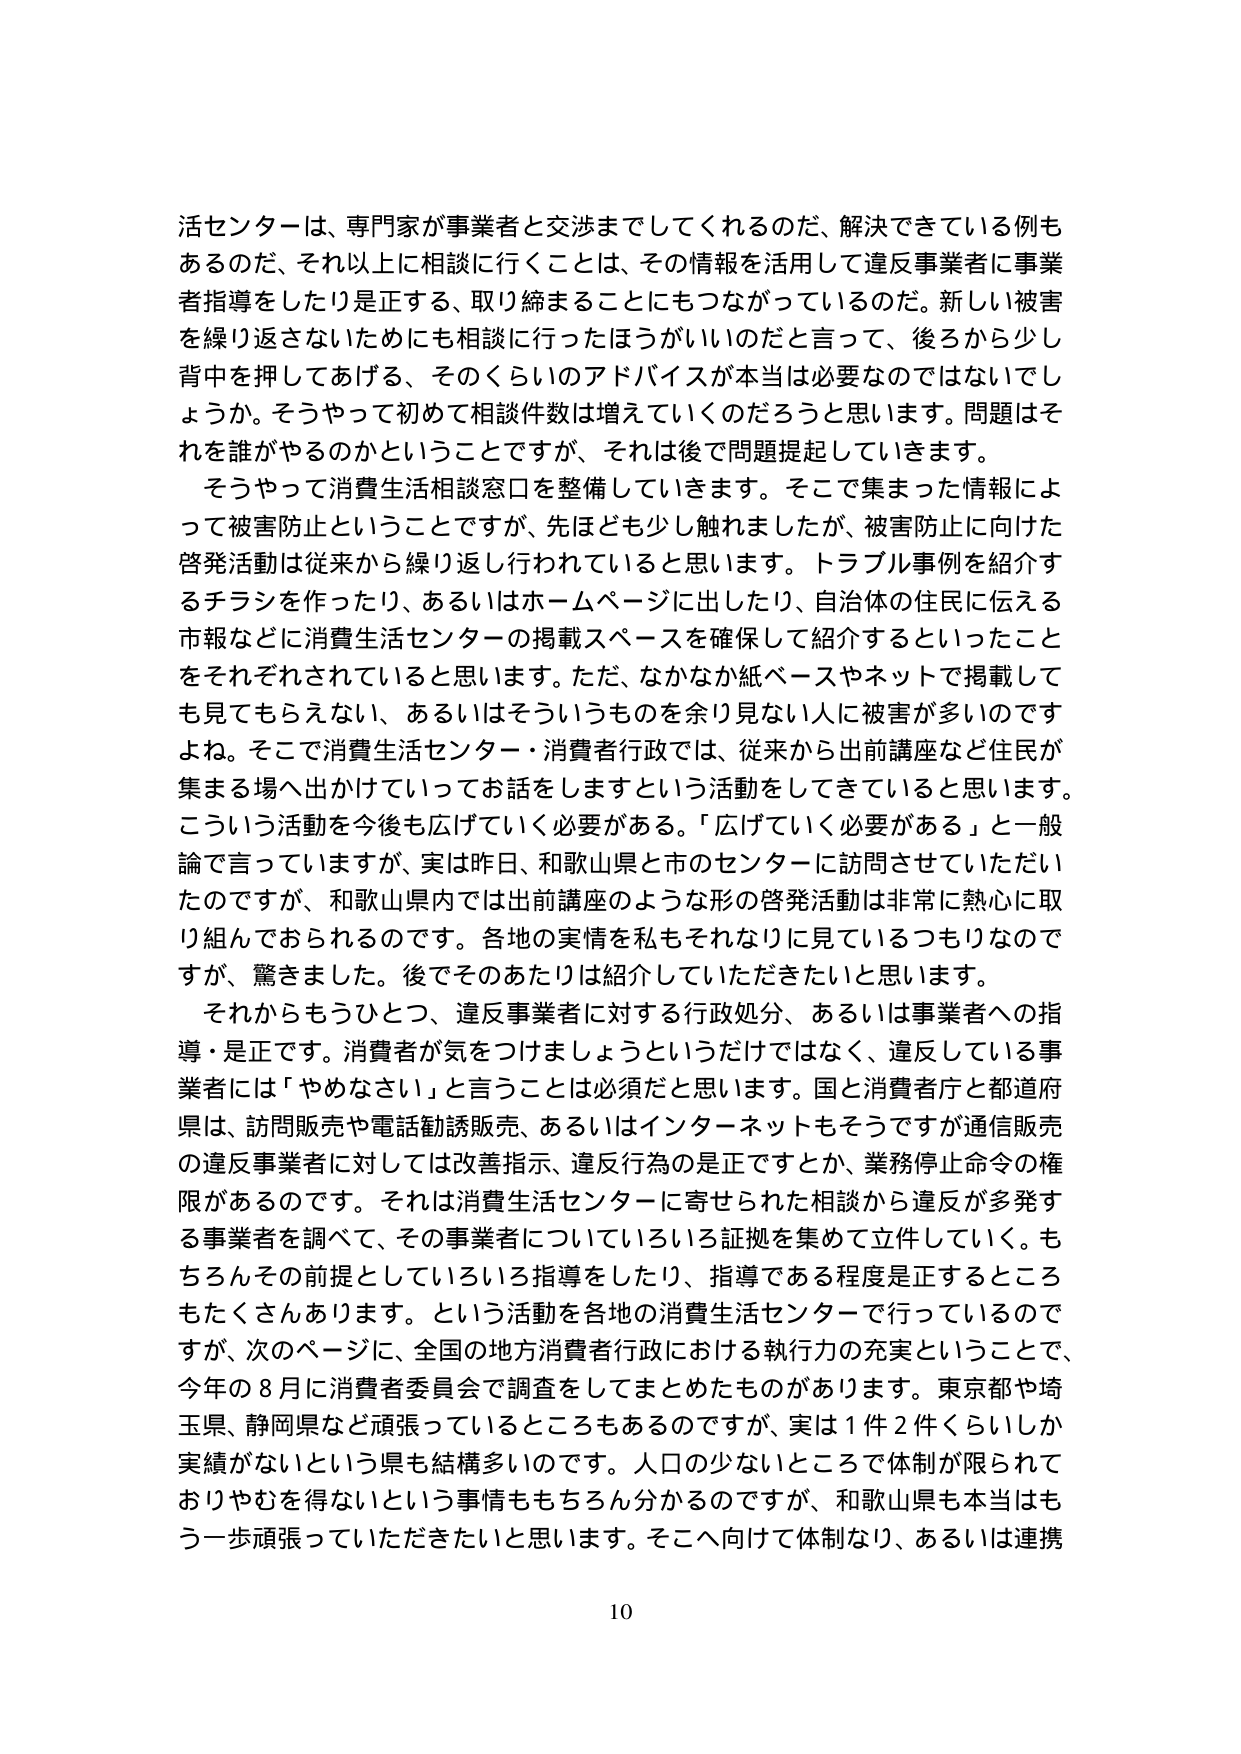
活センターは、専門家が事業者と交渉までしてくれるのだ、解決できている例もあるのだ、それ以上に相談に行くことは、その情報を活用して違反事業者に事業者指導をしたり是正する、取り締まることにもつながっているのだ。新しい被害を繰り返さないためにも相談に行ったほうがいいのだと言って、後ろから少し背中を押してあげる、そのくらいのアドバイスが本当は必要なのではないでしょうか。そうやって初めて相談件数は増えていくのだろうと思います。問題はそれを誰がやるのかということですが、それは後で問題提起していきます。

そうやって消費生活相談窓口を整備していきます。そこで集まった情報によって被害防止ということですが、先ほども少し触れましたが、被害防止に向けた啓発活動は従来から繰り返し行われていると思います。トラブル事例を紹介するチラシを作ったり、あるいはホームページに出したり、自治体の住民に伝える市報などに消費生活センターの掲載スペースを確保して紹介するといったことをそれぞれされていると思います。ただ、なかなか紙ベースやネットで掲載しても見てもらえない、あるいはそういうものを余り見ない人に被害が多いのですよね。そこで消費生活センター・消費者行政では、従来から出前講座など住民が集まる場へ出かけていってお話をしますという活動をしてきていると思います。こういう活動を今後も広げていく必要がある。「広げていく必要がある」と一般論で言っていますが、実は昨日、和歌山県と市のセンターに訪問させていただいたのですが、和歌山県内では出前講座のような形の啓発活動は非常に熱心に取り組んでおられるのです。各地の実情を私もそれなりに見ているつもりなのですが、驚きました。後でそのあたりは紹介していただきたいと思います。

それからもうひとつ、違反事業者に対する行政処分、あるいは事業者への指導・是正です。消費者が気をつけましょうというだけではなく、違反している事業者には「やめなさい」と言うことは必須だと思います。国と消費者庁と都道府県は、訪問販売や電話勧誘販売、あるいはインターネットもそうですが通信販売の違反事業者に対しては改善指示、違反行為の是正ですとか、業務停止命令の権限があるのです。それは消費生活センターに寄せられた相談から違反が多発する事業者を調べて、その事業者についていろいろ証拠を集めて立件していく。もちろんその前提としていろいろ指導をしたり、指導である程度是正するところもたくさんあります。という活動を各地の消費生活センターで行っているのですが、次のページに、全国の地方消費者行政における執行力の充実ということで、今年の8月に消費者委員会で調査をしてまとめたものがあります。東京都や埼玉県、静岡県など頑張っているところもあるのですが、実は1件2件くらいしか実績がないという県も結構多いのです。人口の少ないところで体制が限られておりやむを得ないという事情ももちろん分かるのですが、和歌山県も本当はもう一歩頑張っていただきたいと思います。そこへ向けて体制なり、あるいは連携

10